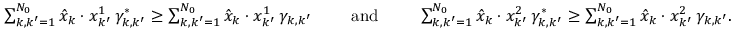
\begin{array} { r } { \sum _ { k , k ^ { \prime } = 1 } ^ { N _ { 0 } } \hat { x } _ { k } \cdot x _ { k ^ { \prime } } ^ { 1 } \, \gamma _ { k , k ^ { \prime } } ^ { * } \ge \sum _ { k , k ^ { \prime } = 1 } ^ { N _ { 0 } } \hat { x } _ { k } \cdot x _ { k ^ { \prime } } ^ { 1 } \, \gamma _ { k , k ^ { \prime } } \qquad \mathrm { ~ a n d ~ } \qquad \sum _ { k , k ^ { \prime } = 1 } ^ { N _ { 0 } } \hat { x } _ { k } \cdot x _ { k ^ { \prime } } ^ { 2 } \, \gamma _ { k , k ^ { \prime } } ^ { * } \ge \sum _ { k , k ^ { \prime } = 1 } ^ { N _ { 0 } } \hat { x } _ { k } \cdot x _ { k ^ { \prime } } ^ { 2 } \, \gamma _ { k , k ^ { \prime } } . } \end{array}